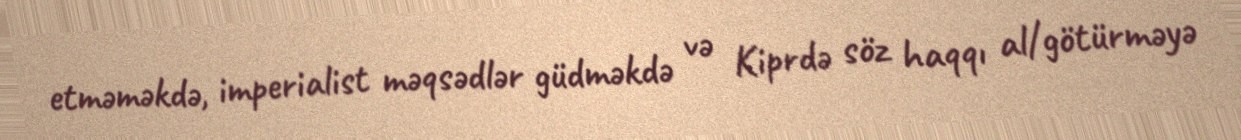
etməməkdə, imperialist məqsədlər güdməkdə və Kiprdə söz haqqı al/götürməyə